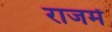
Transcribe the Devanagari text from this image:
राजमें